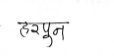
मजकूर: हरपुन